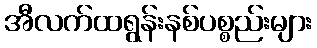
အီလက်ထရွန်းနစ်ပစ္စည်းများ